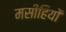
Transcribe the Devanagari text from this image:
मसीहियों